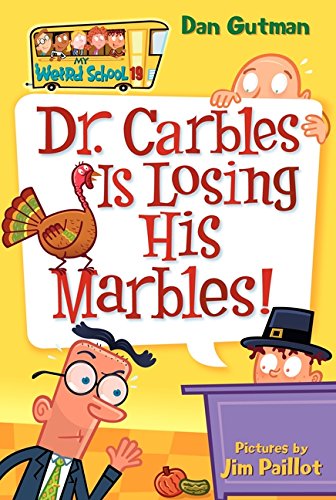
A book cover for Dr. Carbles is Losing His Marbles! (My Weird School, No. 19); Dan Gutman; Children's Books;